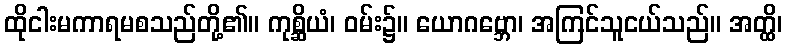
ထိုငါးမကာရမစသည်တို့၏။ ကုစ္ဆိယံ၊ ဝမ်း၌။ ယောဂဗ္ဘော၊ အကြင်သူငယ်သည်။ အတ္ထိ၊